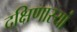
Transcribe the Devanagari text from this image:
दक्षिणास्यां